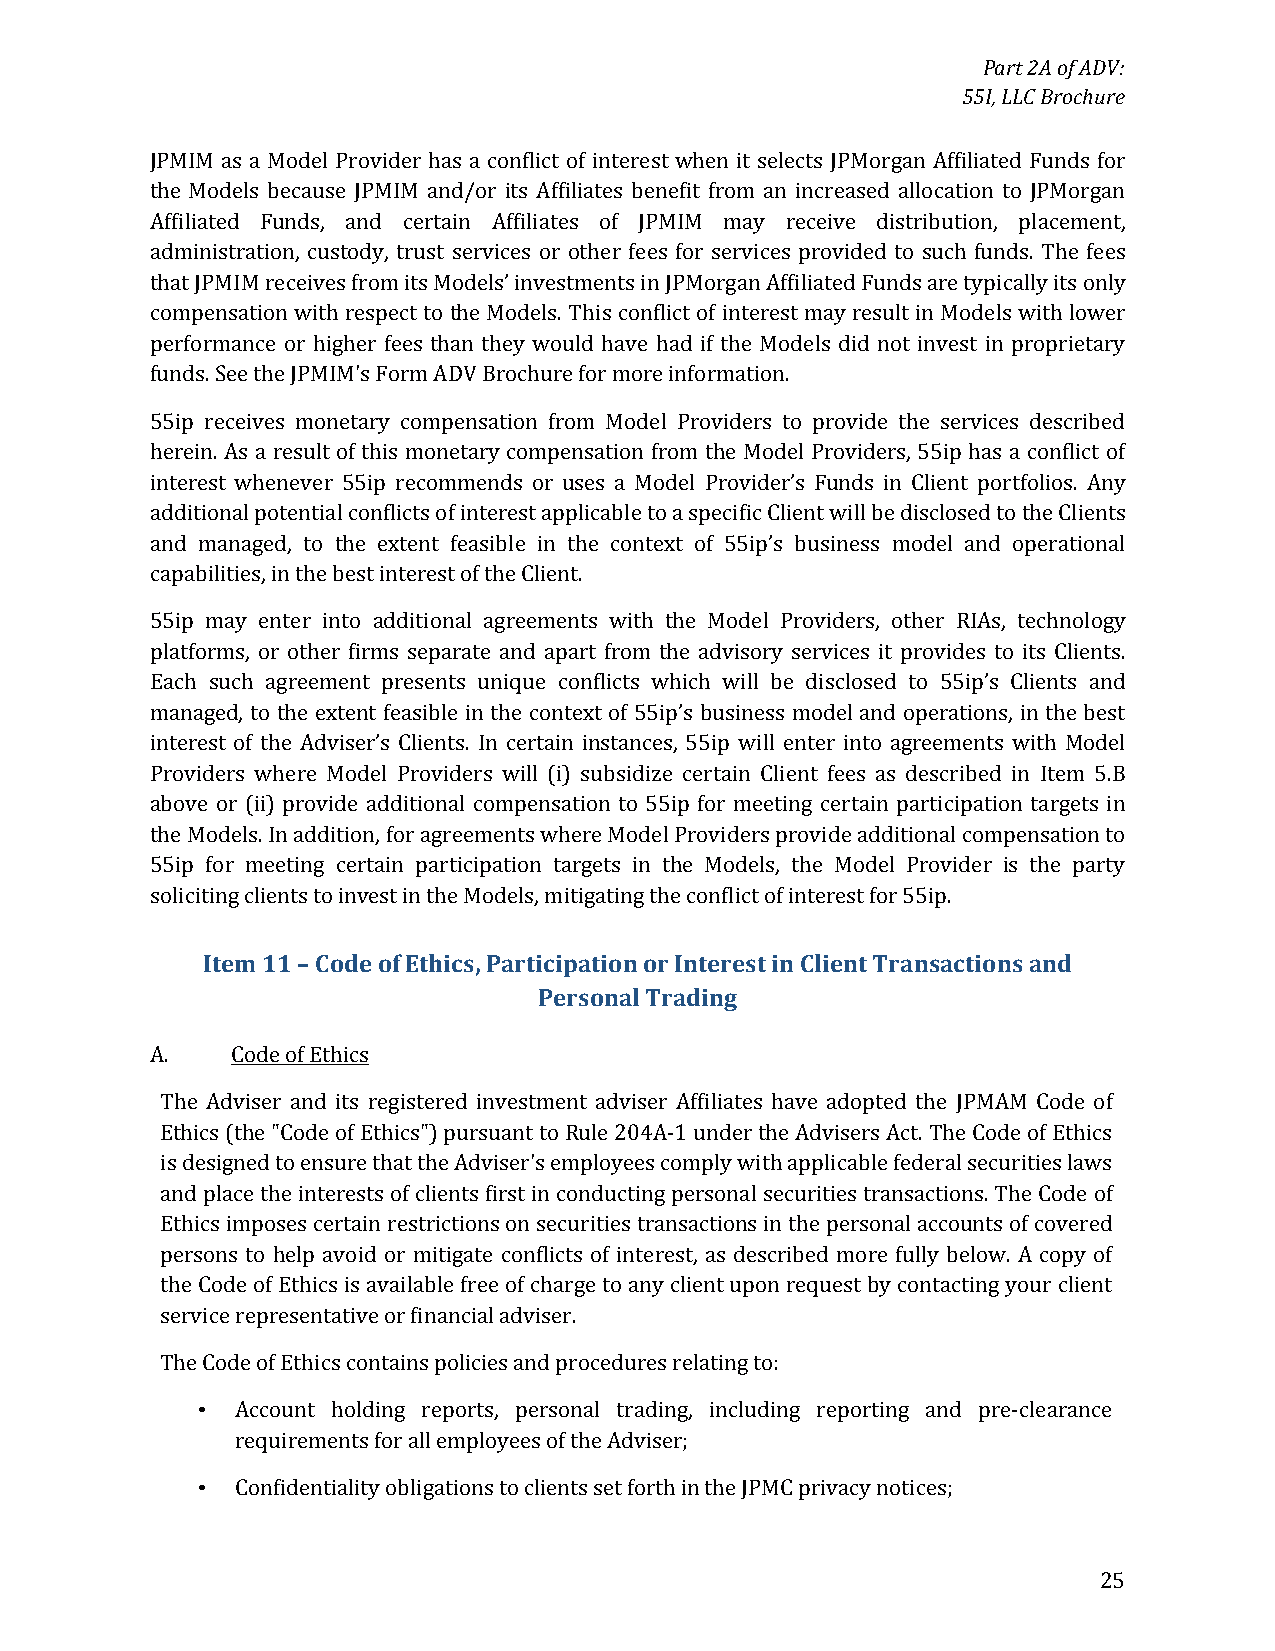
Part 2A of ADV:
 55I, LLC Brochure
 JPMIM as a Model Provider has a conflict of interest when it selects JPMorgan Affiliated Funds for
 the Models because JPMIM and/or its Affiliates benefit from an increased allocation to JPMorgan
 Affiliated Funds, and certain Affiliates of JPMIM may receive distribution, placement,
 administration, custody, trust services or other fees for services provided to such funds. The fees
 that JPMIM receives from its Models’ investments in JPMorgan Affiliated Funds are typically its only
 compensation with respect to the Models. This conflict of interest may result in Models with lower
 performance or higher fees than they would have had if the Models did not invest in proprietary
 funds. See the JPMIM's Form ADV Brochure for more information.
 55ip receives monetary compensation from Model Providers to provide the services described
 herein. As a result of this monetary compensation from the Model Providers, 55ip has a conflict of
 interest whenever 55ip recommends or uses a Model Provider’s Funds in Client portfolios. Any
 additional potential conflicts of interest applicable to a specific Client will be disclosed to the Clients
 and managed, to the extent feasible in the context of 55ip’s business model and operational
 capabilities, in the best interest of the Client.
 55ip may enter into additional agreements with the Model Providers, other RIAs, technology
 platforms, or other firms separate and apart from the advisory services it provides to its Clients.
 Each such agreement presents unique conflicts which will be disclosed to 55ip’s Clients and
 managed, to the extent feasible in the context of 55ip’s business model and operations, in the best
 interest of the Adviser’s Clients. In certain instances, 55ip will enter into agreements with Model
 Providers where Model Providers will (i) subsidize certain Client fees as described in Item 5.B
 above or (ii) provide additional compensation to 55ip for meeting certain participation targets in
 the Models. In addition, for agreements where Model Providers provide additional compensation to
 55ip for meeting certain participation targets in the Models, the Model Provider is the party
 soliciting clients to invest in the Models, mitigating the conflict of interest for 55ip.
 Item 11 – Code of Ethics, Participation or Interest in Client Transactions and
 Personal Trading
 A.   Code of Ethics
 The Adviser and its registered investment adviser Affiliates have adopted the JPMAM Code of
 Ethics (the "Code of Ethics") pursuant to Rule 204A-1 under the Advisers Act. The Code of Ethics
 is designed to ensure that the Adviser's employees comply with applicable federal securities laws
 and place the interests of clients first in conducting personal securities transactions. The Code of
 Ethics imposes certain restrictions on securities transactions in the personal accounts of covered
 persons to help avoid or mitigate conflicts of interest, as described more fully below. A copy of
 the Code of Ethics is available free of charge to any client upon request by contacting your client
 service representative or financial adviser.
 The Code of Ethics contains policies and procedures relating to:
 •  Account holding reports, personal trading, including reporting and pre-clearance
 requirements for all employees of the Adviser;
 •  Confidentiality obligations to clients set forth in the JPMC privacy notices;
 25